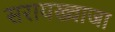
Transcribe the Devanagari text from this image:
सरायख्वाजा